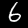
Digit: 6